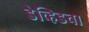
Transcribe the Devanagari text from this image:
डेव्हिडचा